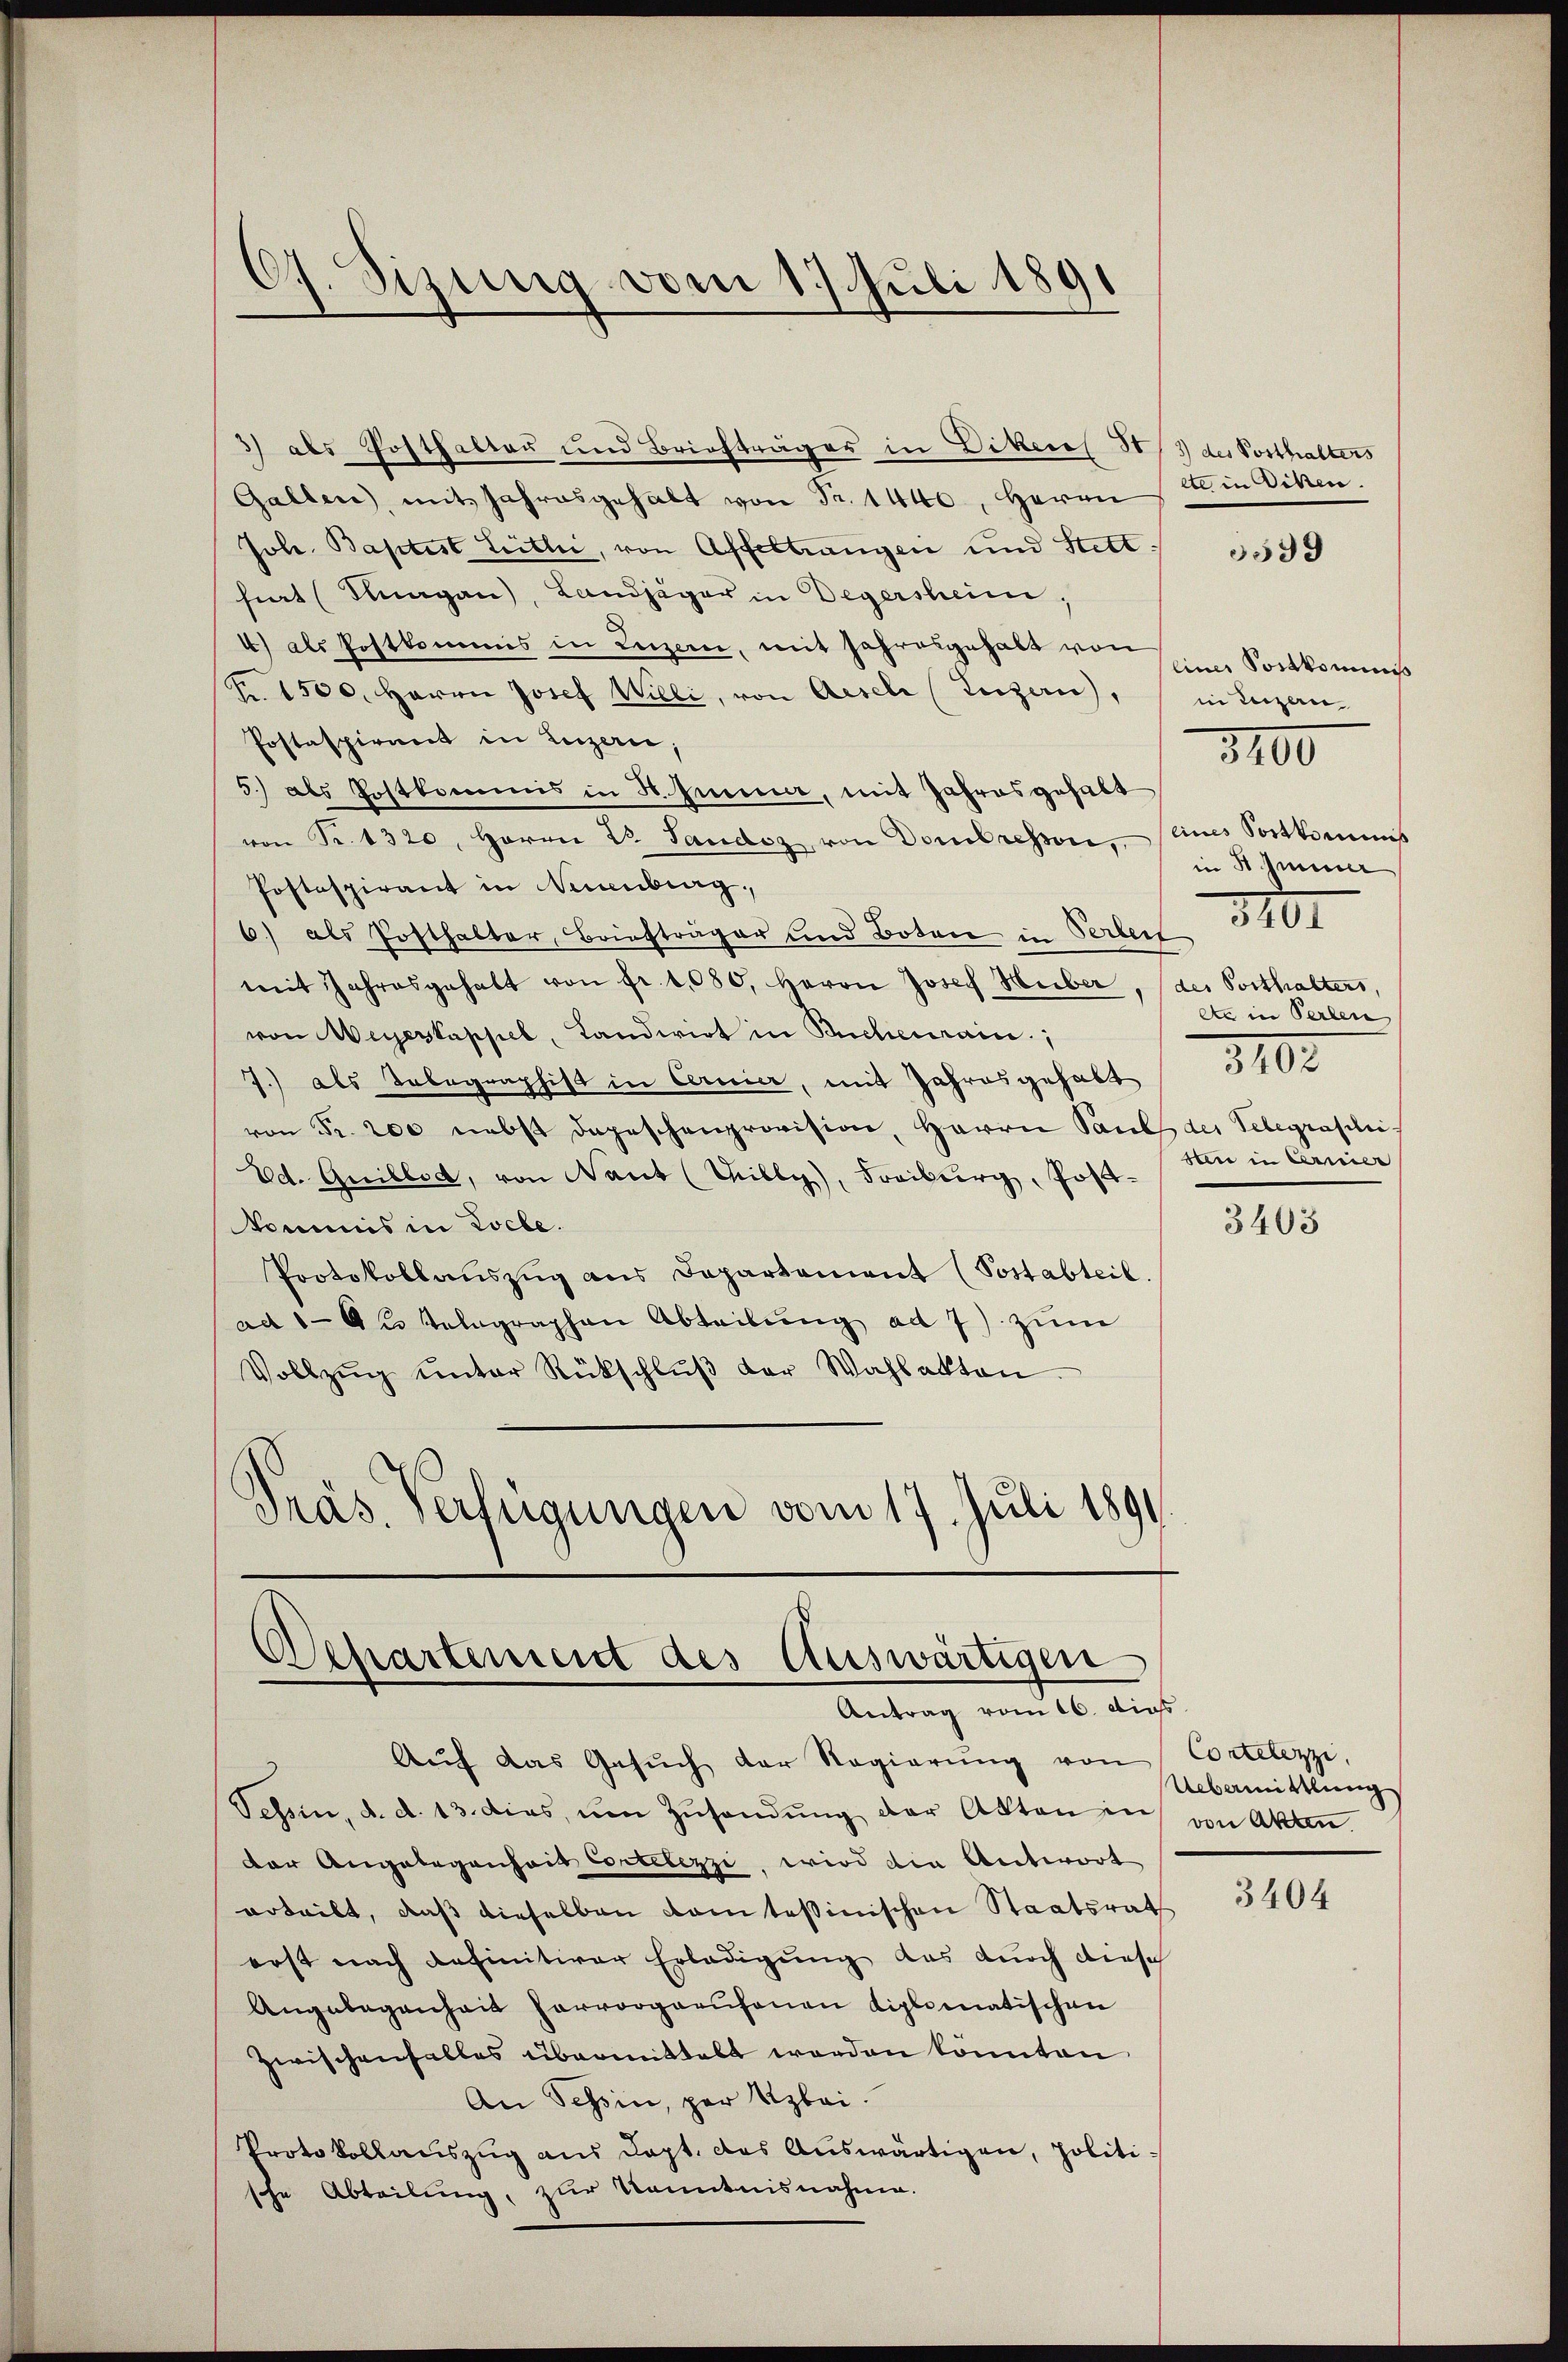
3) als Posthalter und Briefträger in Diktens 8/3 des Posthalters
Gallen, mit Jahresgehalt von Fr. 1440, Herrn
Joh. Baptist Leitli, von Affeltrangen und Hett / 1590
hiert (Kuagan), Landjäger in Degersheim,
4) als Postkommis in Luzer, mit Jahresgehabt von
Fr. 1500. Herrn Josef Willi, von Aesele (Luzern), in Luzern-
Postaspirant in Luzern;
5.) als Postkommis in Himmer, mit Jahres gehabt
von Fr. 1320, Herrn Dr. Sandoz, von Dombrehson, eines Sortkommiß
Postspirant in Neuenburg,
6.) als Posthalter, Briefträger und Boten in Verbeit
mit Jahresgehalt von Fr. 1080. Herrn Josef Huber, (der Vorthalters,
von Weyertappel, Landwirt in Buchenrain,
7.) als Telegraphist in Cernier, mit Jahresgehabt
von Fr. 200 nebst dageschenprovision, Herrn Pauls der Telegrasilii
Ed. Quillod, von Nant (Willy, Freiburg, Post-
kommis in Loche.
Protokollaŭszŭg ans Departement (Postabteil
ad 1. Aus Telegraphen Abteilŭng ad 7) zŭm
Vollzŭg ŭnter Rückschlŭβ der Wahlakten.
Präs. Verfügungen vom 17. Juli 1891

67. Sizung vom 17 Juli 1891

Departement des Auswärtigen
Antrag vom 16. dies

Aŭf das Gesŭch der Regierŭng von Cortelezzi,
Tessin, d. d. 13. dies, ŭm Zŭsendŭng der Akten in von Akten.
der Angelegenheit Cortelezzi, wird die Antwort
erteilt, daß dieselben damtessinischen Staatsrath
erst nach definitiver Erledigung das durch diese
Angelegenheit hervorgerufenen diplomatischen
Zwischenfalles übermittelt werden könnten
An Tessin, per Arbei.
Protokollauszug aus dept. das Auswärtigen, politische Abteilung, zur Kenntnisnahme.

ete in Dikten.

einer Sortkommnis
in St. Gener
3101
eta in Perlen
3100.
sten in Carrier

3400

3403

Uebermittlung

3404